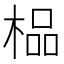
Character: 榀